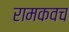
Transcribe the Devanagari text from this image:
रामकवच